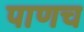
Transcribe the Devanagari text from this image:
पाणच